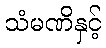
သံမဏိနှင့်